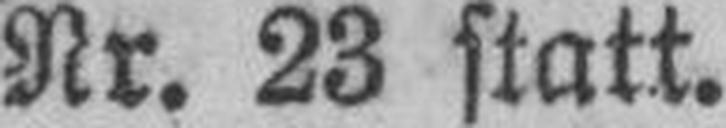
Nr. 23 statt.